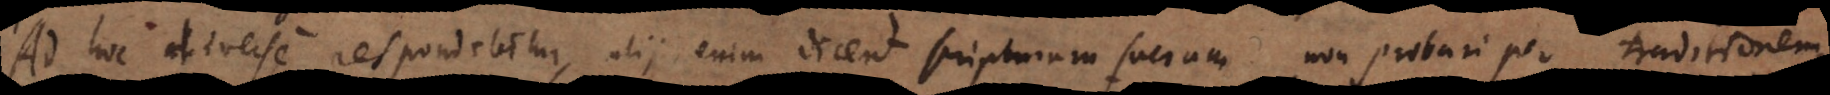
Ad hoc diverse respondebitur, alii enim dicent scripturam sacram non probari per traditionem